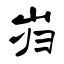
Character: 岿